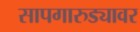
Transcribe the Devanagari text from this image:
सापगारुड्यावर